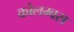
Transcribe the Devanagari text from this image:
कोलम्वस